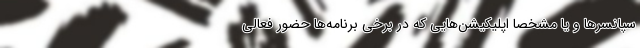
سپانسرها و یا مشخصاً اپلیکیشن‌هایی که در برخی برنامه‌ها حضور فعالی